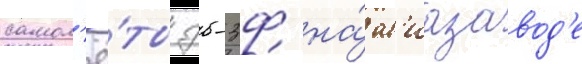
самол'ё́ты дб-3ф на́ ав'иазавод'е